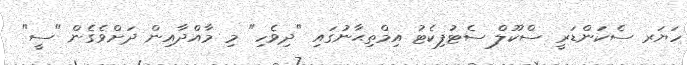
ހަޔަރ ސެކަންޑަރީ ސްކޫލް ސެޓުފިކެޓު އިމްތިޙާނުގައި "ދިވެހި" މި މާއްދާއިން ދަށްވެގެން "ސީ"